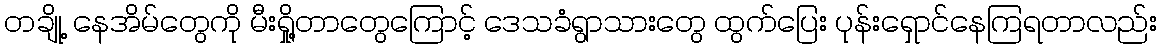
တချို့ နေအိမ်တွေကို မီးရှို့တာတွေကြောင့် ဒေသခံရွာသားတွေ ထွက်ပြေး ပုန်းရှောင်နေကြရတာလည်း